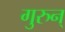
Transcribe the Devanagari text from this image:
गुरुन्